Vaccination in the Punjab 1905-1918 - 1905-1918
Year: 1905
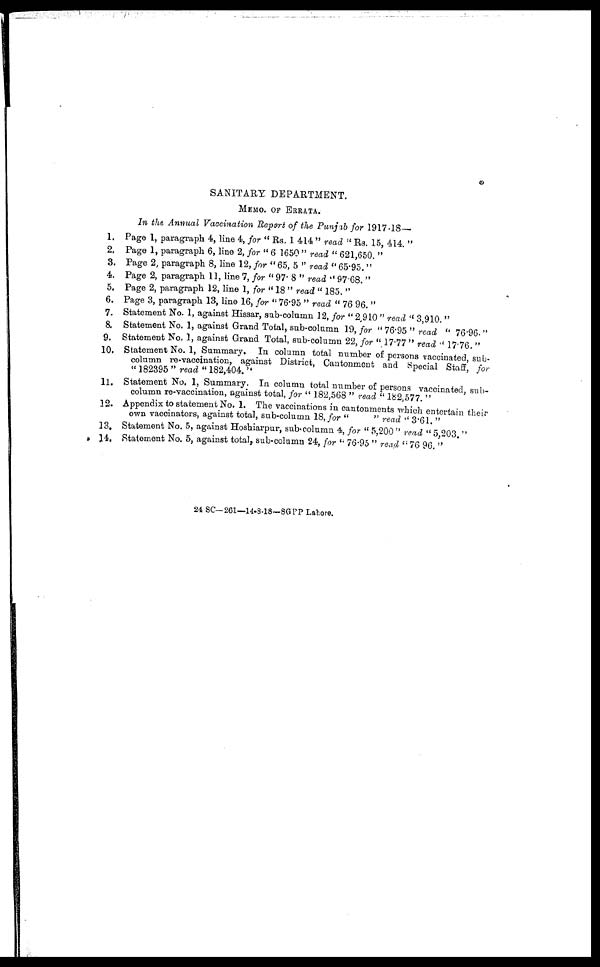
SANITARY DEPARTMENT.
MEMO, OF ERRATA.
In the Annual Vaccination Report of the Punjab for 1917.18—
1.
2,
3.
4.
5.
6.
7.
8.
9.
10.
11.
22.
13.
14
Page 1, paragraph 4, line 4, for " Rs. 1 414 " read " Rs. 15, 414 "
Page 1, paragraph 6, line 2, for " 6 1650 " read " 621,650. "
Page 2, paragraph 8, line 12, for " 65, 5 " read " 65.95. "
Page 2, paragraph 11, line 7, for " 97. 8 " read " 97.68. "
Page 2, paragraph 12, line 1, for " 18 " read " 185. "
Page 3, paragraph 13, line 16, for " 76.95 " read " 76.96. "
Statement No. 1, against Hissar, sub-column 12, for "2 910 " read " 3 910 "
Statement No. 1, against Grand Total, sub-column 19, for " 76.95 " read " 76.6 "
Statement No. 1, against Grand Total, sub-column 22, for " 17.77 " read " 17.76 "
Statement No. 1, Summary. In column total number of persons vaccinated,sub-
column re-vacoination, against District Cantonment
and Special Staff, ƒor
"182395 "read" 182,404.''
Statement No. 1, Summary
In column total number of persons vaccinated sub¬
column re-vaccination, against total, for " 182,568 " read "182 577"
Appendix to statement No. 1. The vaccinations in cantonments which entertain their
own vaccinators, against total, sub-column 18, for "
"read
"3.61."
Statement No. 5, against Hoshiarpur, sub-column 4, for " 5,200 " read "5 203 "
Statement No. 5, against total, sub-column 24, for " 76.95 " read " 76.96 "
24 SC-261—14-8-18-SGPP Lahore.